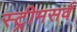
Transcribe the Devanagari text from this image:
स्ट्रीमसर्व